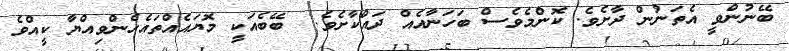
ބޭނުންވީ އެތަނުން ދާށެވެ. ކޮންމެވެސް ބަހަނާއެއް ދައްކާށެވެ.  ބޭބެއަކީ މޮޔައެއްތައެހެންވިއްޔާ ކީއްވެ